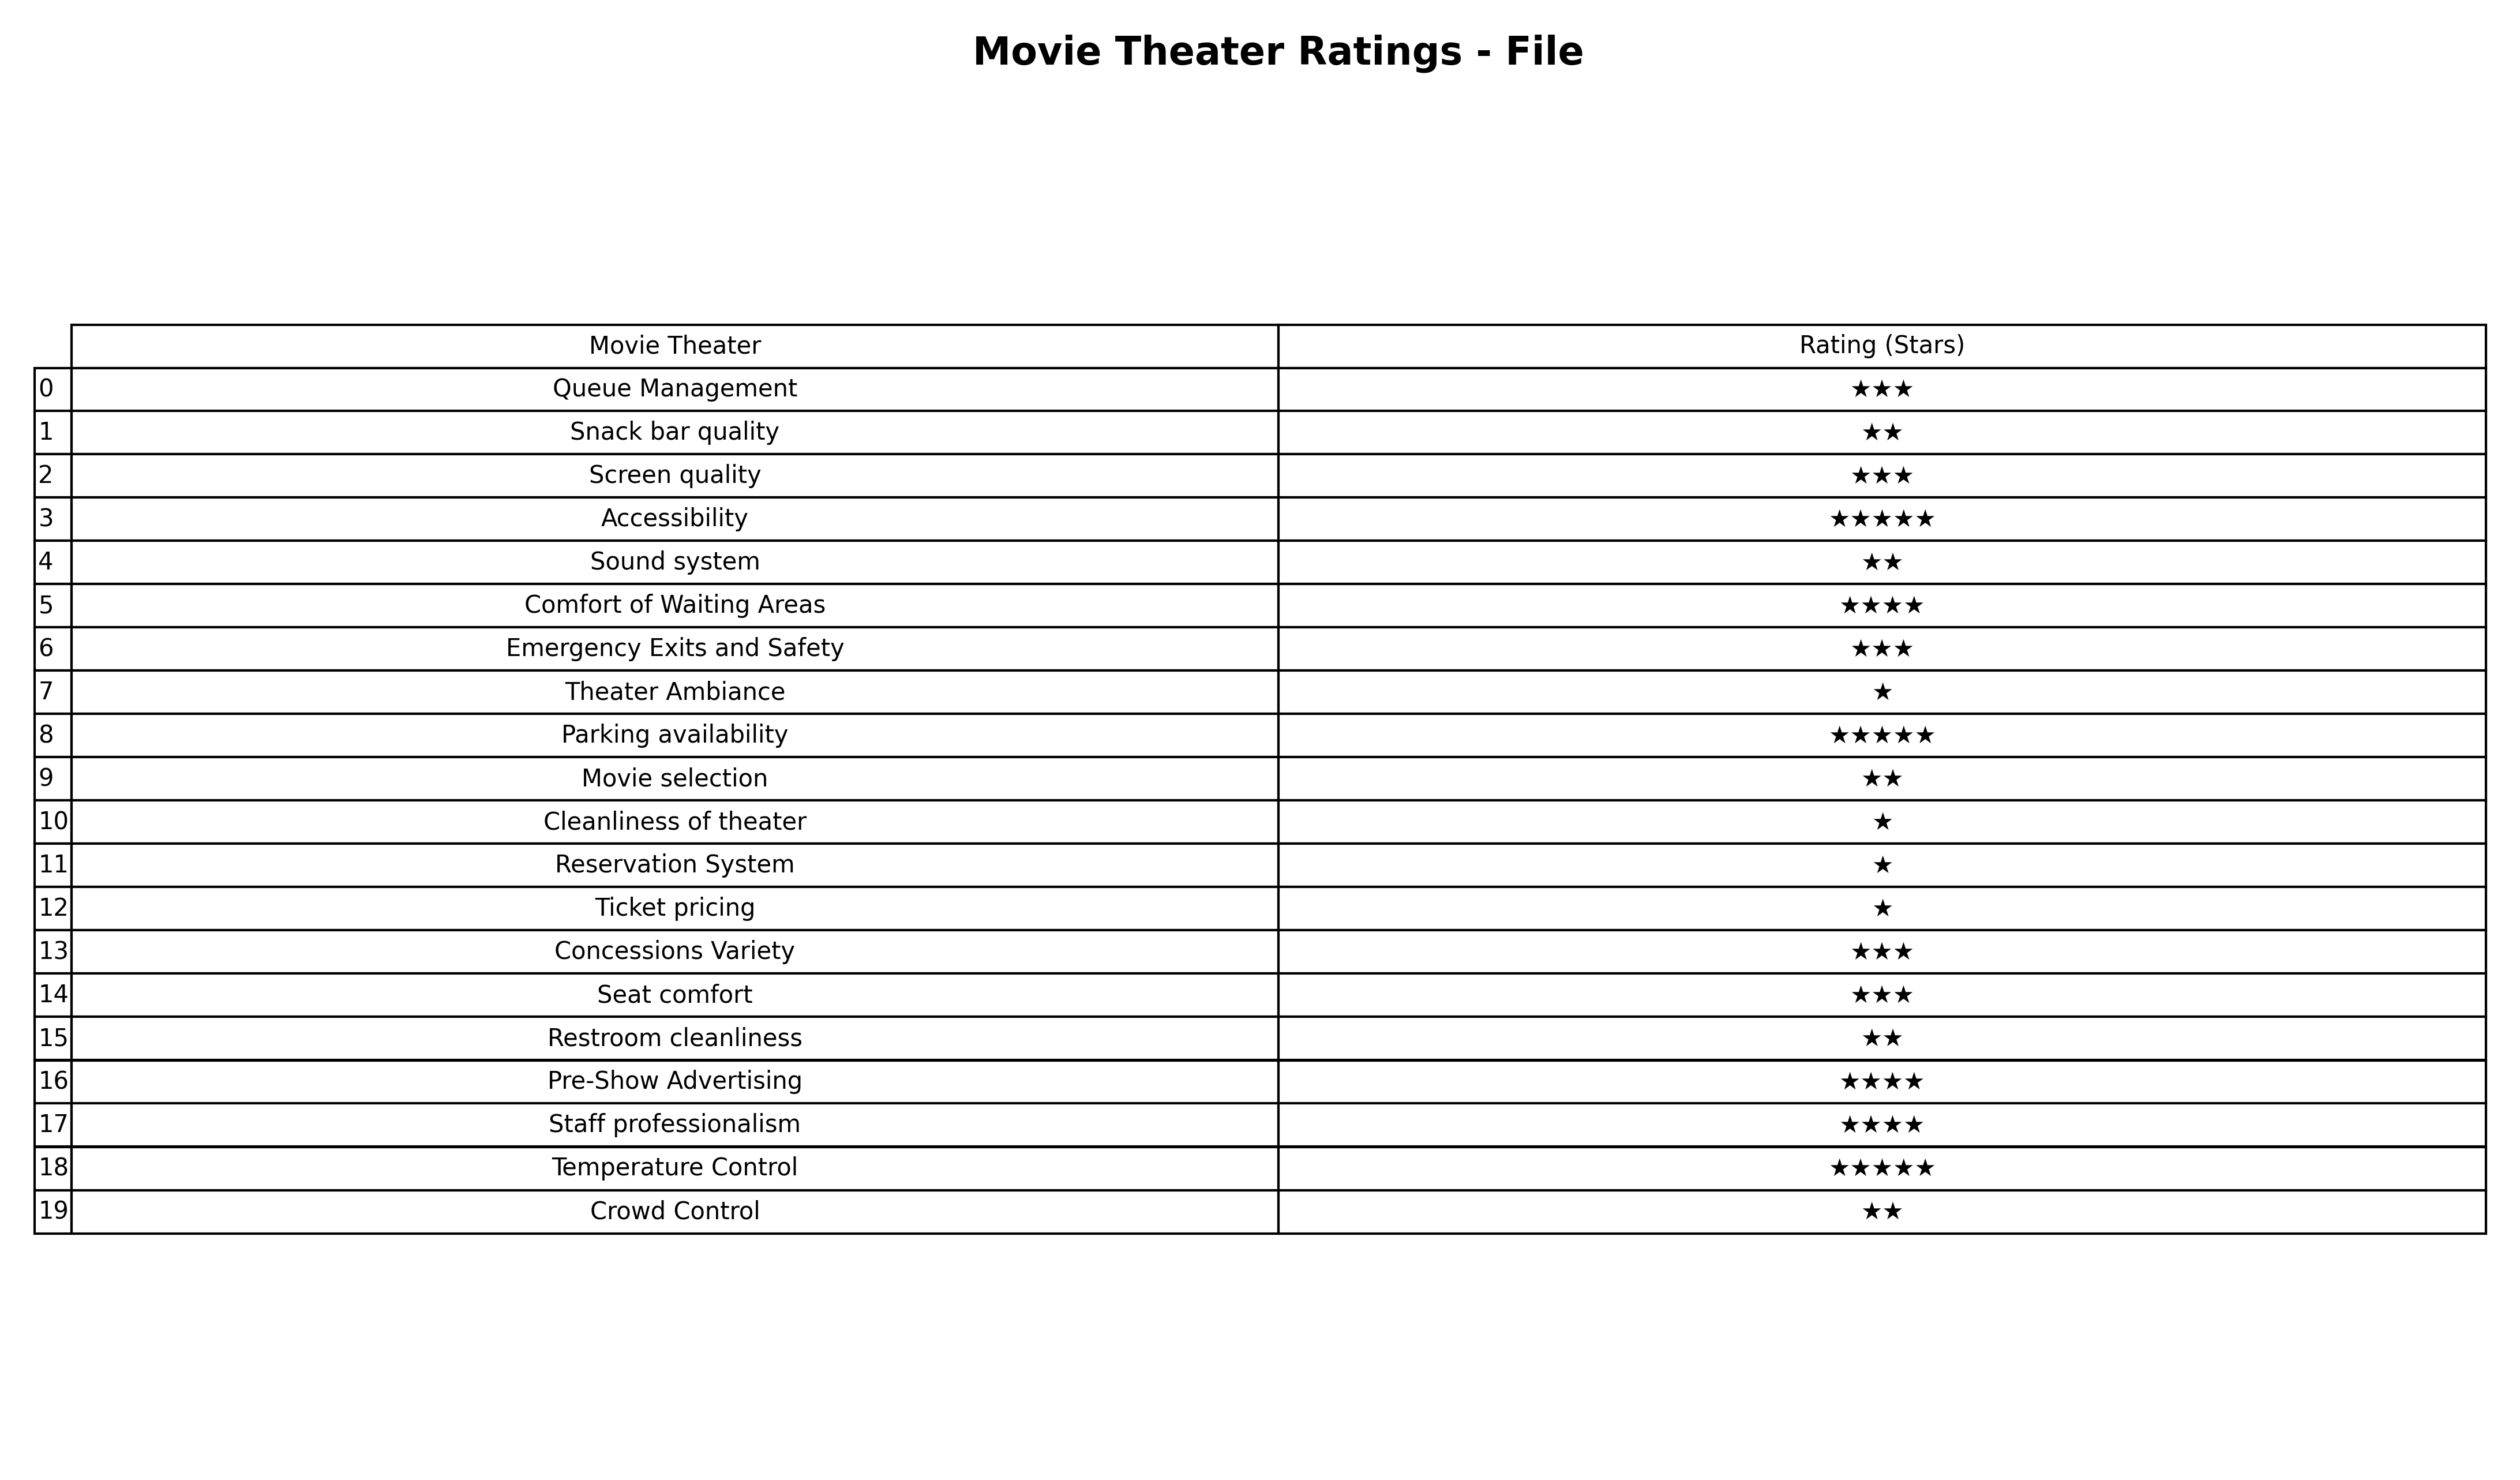
question: What are two star services?
answer: Snack bar qualitySound systemMovie selectionRestroom cleanlinessCrowd Control